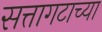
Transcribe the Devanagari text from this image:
सत्तागटाच्या